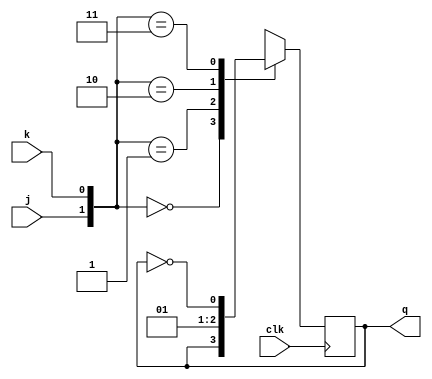
`timescale 1ns / 1ps
//////////////////////////////////////////////////////////////////////////////////
// Company: 
// Engineer: 
// 
// Design Name: 
// Module Name: jk_flip_flop
// Project Name: 
// Target Devices: 
// Tool Versions: 
// Description: 
// 
// Dependencies: 
// 
// Revision:
// Revision 0.01 - File Created
// Additional Comments:
// 
//////////////////////////////////////////////////////////////////////////////////


module jk_flip_flop(j,k,clk,q);
    input j,k,clk;
    output reg q;
    
    always@(posedge clk)
    begin
        case({j,k})
            2'b00: q=q;
            2'b01: q=0;
            2'b10: q=1;
            2'b11: q=~q;
        endcase
    end
endmodule